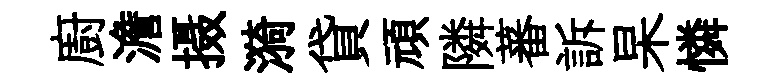
廚澹摄漪貸頑隣蕃訴杲憐